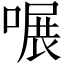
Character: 𠹖